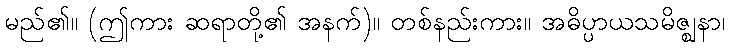
မည်၏။ (ဤကား ဆရာတို့၏ အနက်)။ တစ်နည်းကား။ အဓိပ္ပာယသမိဇ္ဈနာ၊